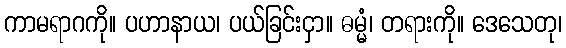
ကာမရာဂကို။ ပဟာနာယ၊ ပယ်ခြင်းငှာ။ ဓမ္မံ၊ တရားကို။ ဒေသေတု၊